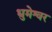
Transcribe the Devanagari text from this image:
धुमेश्वर